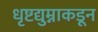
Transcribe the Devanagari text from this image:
धृष्टद्युम्नाकडून